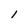
Character: l